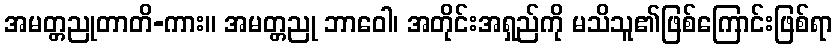
အမတ္တညုတာတိ-ကား။ အမတ္တညု ဘာဝေါ၊ အတိုင်းအရှည်ကို မသိသူ၏ဖြစ်ကြောင်းဖြစ်ရာ